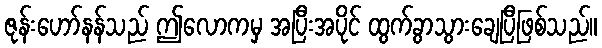
ဇုန်းဟော်နန်သည် ဤလောကမှ အပြီးအပိုင် ထွက်ခွာသွားချေပြီဖြစ်သည်။